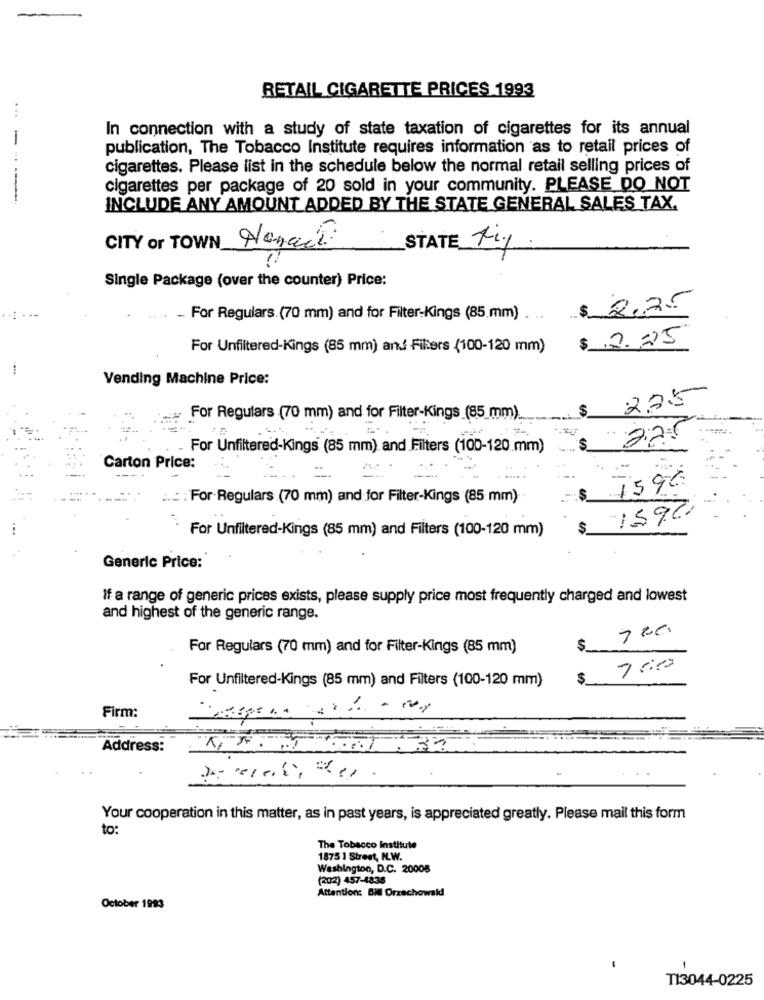
RETAIL CIGARETTE PRICES 1993
...
In connection with a study of state taxation of cigarettes for its annual
-
publication, The Tobacco Institute requires information as to retail prices of
cigarettes. Please list in the schedule below the normal retail selling prices of
cigarettes per package of 20 sold in your community. PLEASE DO NOT
INCLUDE ANY AMOUNT ADDED BY THE STATE GENERAL SALES TAX.
CITY of TOWN Nenach
STATE tig
Single Package (over the counter) Price:
$ 2.75
.. For Regulars. (70 mm) and for Filter-Kings (85 mm)
$ 2.25
For Unfiltered-Kings (85 mm) and Filters (100-120 mm)
Vending Machine Price:
225
$
For Regulars (70 mm) and for Filter-Kings (85 mm).
27
For Unfiltered-Kings (85 mm) and Filters (100-120 mm)
$
Carton Price:
759€
..: : For Regulars (70 mm) and for Filter-Kings (85 mm)
$_
159.2
For Unfiltered-Kings (85 mm) and Filters (100-120 mm)
$
Generic Price:
If a range of generic prices exists, please supply price most frequently charged and lowest
and highest of the generic range.
7 00
For Regulars (70 mm) and for Filter-Kings (85 mm)
$
760
For Unfiltered-Kings (85 mm) and Filters (100-120 mm)
Firm:
Address:
Your cooperation in this matter, as in past years, is appreciated greatly. Please mail this form
to:
The Tobacco Institute
1875 1 Street, N.W.
Washington, D.C. 20008
(202) 457-4838
Attention: BMI Orzechowald
October 1993
TI3044-0225